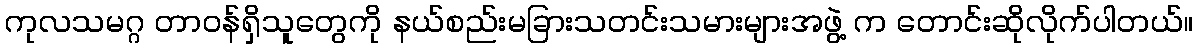
ကုလသမဂ္ဂ တာဝန်ရှိသူတွေကို နယ်စည်းမခြားသတင်းသမားများအဖွဲ့ က တောင်းဆိုလိုက်ပါတယ်။